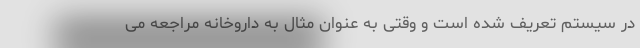
در سیستم تعریف شده است و وقتی به عنوان مثال به داروخانه مراجعه می